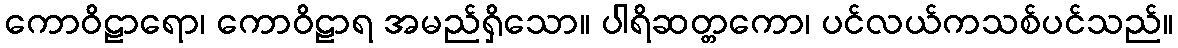
ကောဝိဠာရော၊ ကောဝိဠာရ အမည်ရှိသော။ ပါရိဆတ္တကော၊ ပင်လယ်ကသစ်ပင်သည်။